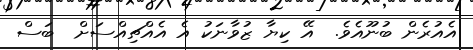
އެއުރެން ބުނޫއެވެ.  އޭ ކިޔާ ޒުވާނަކު އެ އެއްޗިއްސަށް  ބަސް